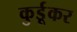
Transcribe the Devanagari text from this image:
कुर्डूकर